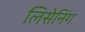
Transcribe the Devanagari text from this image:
लिसेनिंग